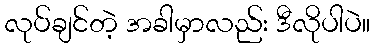
လုပ်ချင်တဲ့ အခါမှာလည်း ဒီလိုပါပဲ။